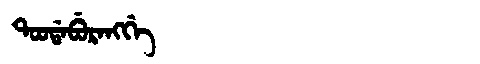
Manchu: ᡨᠣᠣᡩᠠᠪᡠᡵᠠᠩᡤᡝ
Romanization: TOODABURANGGE